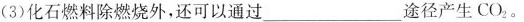
(3)化石燃料除燃烧外，还可以通过___途径产生CO_{2}。